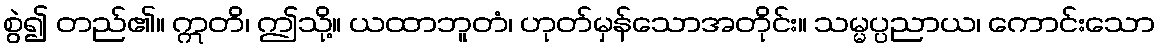
စွဲ၍ တည်၏။ ဣတိ၊ ဤသို့။ ယထာဘူတံ၊ ဟုတ်မှန်သောအတိုင်း။ သမ္မပ္ပညာယ၊ ကောင်းသော